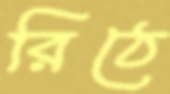
রিঠে